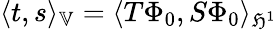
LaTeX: \langle t,s\rangle_{\mathbb{V}}=\langle T\Phi_{0},S\Phi_{0}\rangle_{\mathfrak{H}^{1}}